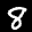
Label: 8